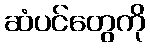
ဆံပင်တွေကို